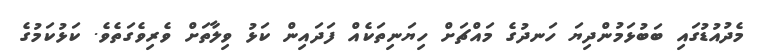
މެދުއުޑުގައި ބަބުޅަމުންދިޔަ ހަނދުގެ މައްޗަށް ހިޔަނިތަކެއް ފަދައިން ކަޅު ވިލާތަށް ވެރިވެގަތެވެ. ކަޅުކަމުގެ